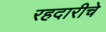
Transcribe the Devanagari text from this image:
रहदारीचे